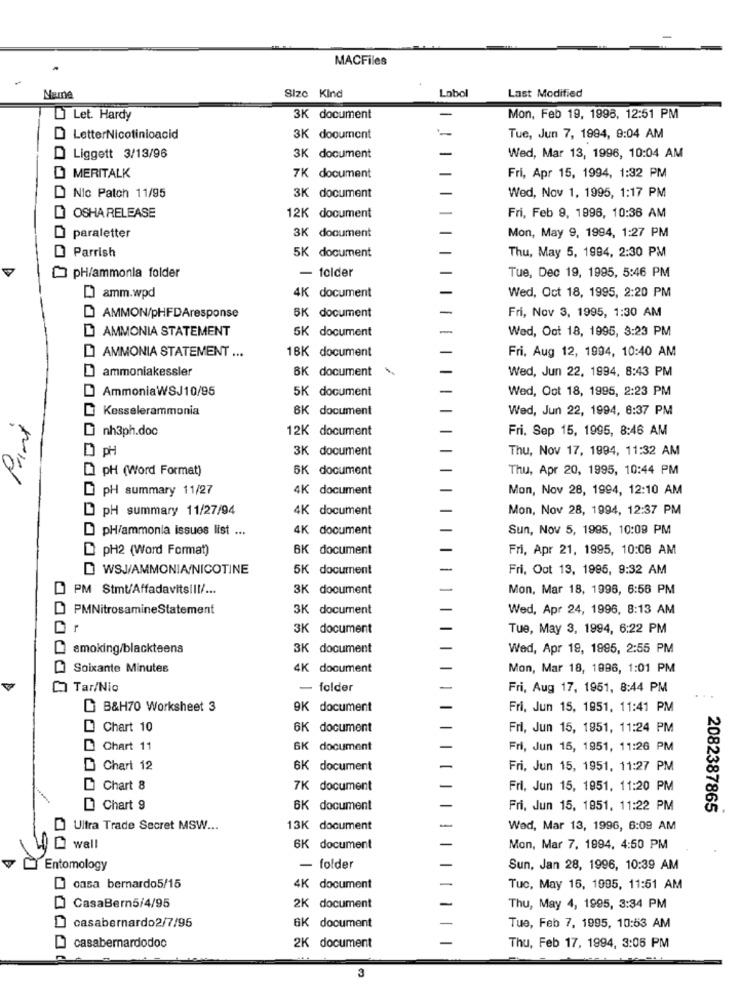
MACFiles
Labol
Last Modified
Numne
Size Kind
Let. Hardy
3K document
Mon, Feb 19, 1998, 12:51 PM
LetterNicotinicacid
3K document
Tue, Jun 7, 1994, 9:04 AM
Liggett 3/13/96
3K document
Wed, Mar 13, 1996, 10:04 AM
MERITALK
7K document
Fri, Apr 15, 1994, 1:32 PM
Nic Patch 11/95
3K document
Wed, Nov 1, 1995, 1:17 PM
OSHA RELEASE
12K document
Fri, Feb 9, 1996, 10:36 AM
Mon, May 9, 1994, 1:27 PM
paraletter
3K document
Parrish
5K document
Thu, May 5, 1994, 2:30 PM
pH/ammonia folder
- folder
Tue, Dec 19, 1995, 5:46 PM
Damm.wpd
4K document
Wed, Oct 18, 1995, 2:20 PM
Fri, Nov 3, 1995, 1:30 AM
AMMON/pHFDAresponse
SK document
D AMMONIA STATEMENT
5K document
Wed, Oot 18, 1995, 3:23 PM
1BK document
Fri. Aug 12, 1994, 10:40 AM
AMMONIA STATEMENT ...
ammoniakessler
Wed, Jun 22, 1994, 8:43 PM
BK document
AmmoniaWSJ10/95
5K document
Wed, Oot 18, 1995, 2:23 PM
Kesselerammonia
6K document
Wed, Jun 22, 1994, 6:37 PM
Paint
nh3ph.doc
12K document
Fri. Sep 15, 1995, 8:46 AM
DPH
3K document
Thu, Nov 17, 1994, 11:32 AM
[ pH (Word Format)
5K document
Thu, Apr 20, 1995, 10:44 PM
pH summary 11/27
4K document
Mon, Nov 28, 1994, 12:10 AM
pH summary 11/27/94
4K document
Mon, Nov 28, 1994, 12:37 PM
pH/ammonia issues list ...
4K document
Sun, Nov 5, 1995, 10:09 PM
pH2 (Word Format)
BK document
Fri, Apr 21, 1995, 10:06 AM
WSJ/AMMONIA/NICOTINE
5K document
Fri, Oot 13, 1995, 9:32 AM
PM Stmt/Affadavitsill/ ...
3K document
Mon, Mar 18, 1996, 6:56 PM
PMNitrosamineStatement
3K document
Wed, Apr 24, 1996, 8:13 AM
3K document
Tue, May 3, 1994, 6:22 PM
smoking/blackteens
3K document
Wed, Apr 19, 1985, 2:55 PM
Soixante Minutes
4K document
Mon, Mar 18, 1996, 1:01 PM
Tar/Nio
- folder
Fri, Aug 17, 1951, 8:44 PM
B&H70 Worksheet 3
9K document
Fri, Jun 15, 1951, 11:41 PM
Chart 10
6K document
Fri, Jun 15, 1951, 11:24 PM
Chart 11
6K document
Fri, Jun 15, 1951, 11:26 PM
D Chart 12
6K document
Fri, Jun 15, 1951, 11:27 PM
Chart 8
7K document
Fri, Jun 15, 1951, 11:20 PM
Chart 9
6K document
Fri, Jun 15, 1951, 11:22 PM
2082387865
Ultra Trade Secret MSW ...
13K document
Wed, Mar 13, 1996, 6:09 AM
wall
6K document
Mon, Mar 7, 1994, 4:50 PM
Entomology
- folder
Sun, Jan 28, 1996, 10:39 AM
casa bernardo5/15
4K document
Tuc, May 16, 1995, 11:51 AM
CasaBern5/4/95
2K document
Thu, May 4, 1995, 3:34 PM
casabernardo2/7/95
GK document
Tue, Feb 7, 1995, 10:53 AM
2K document
casabernardodoc
Thu, Feb 17, 1994, 3:05 PM
3